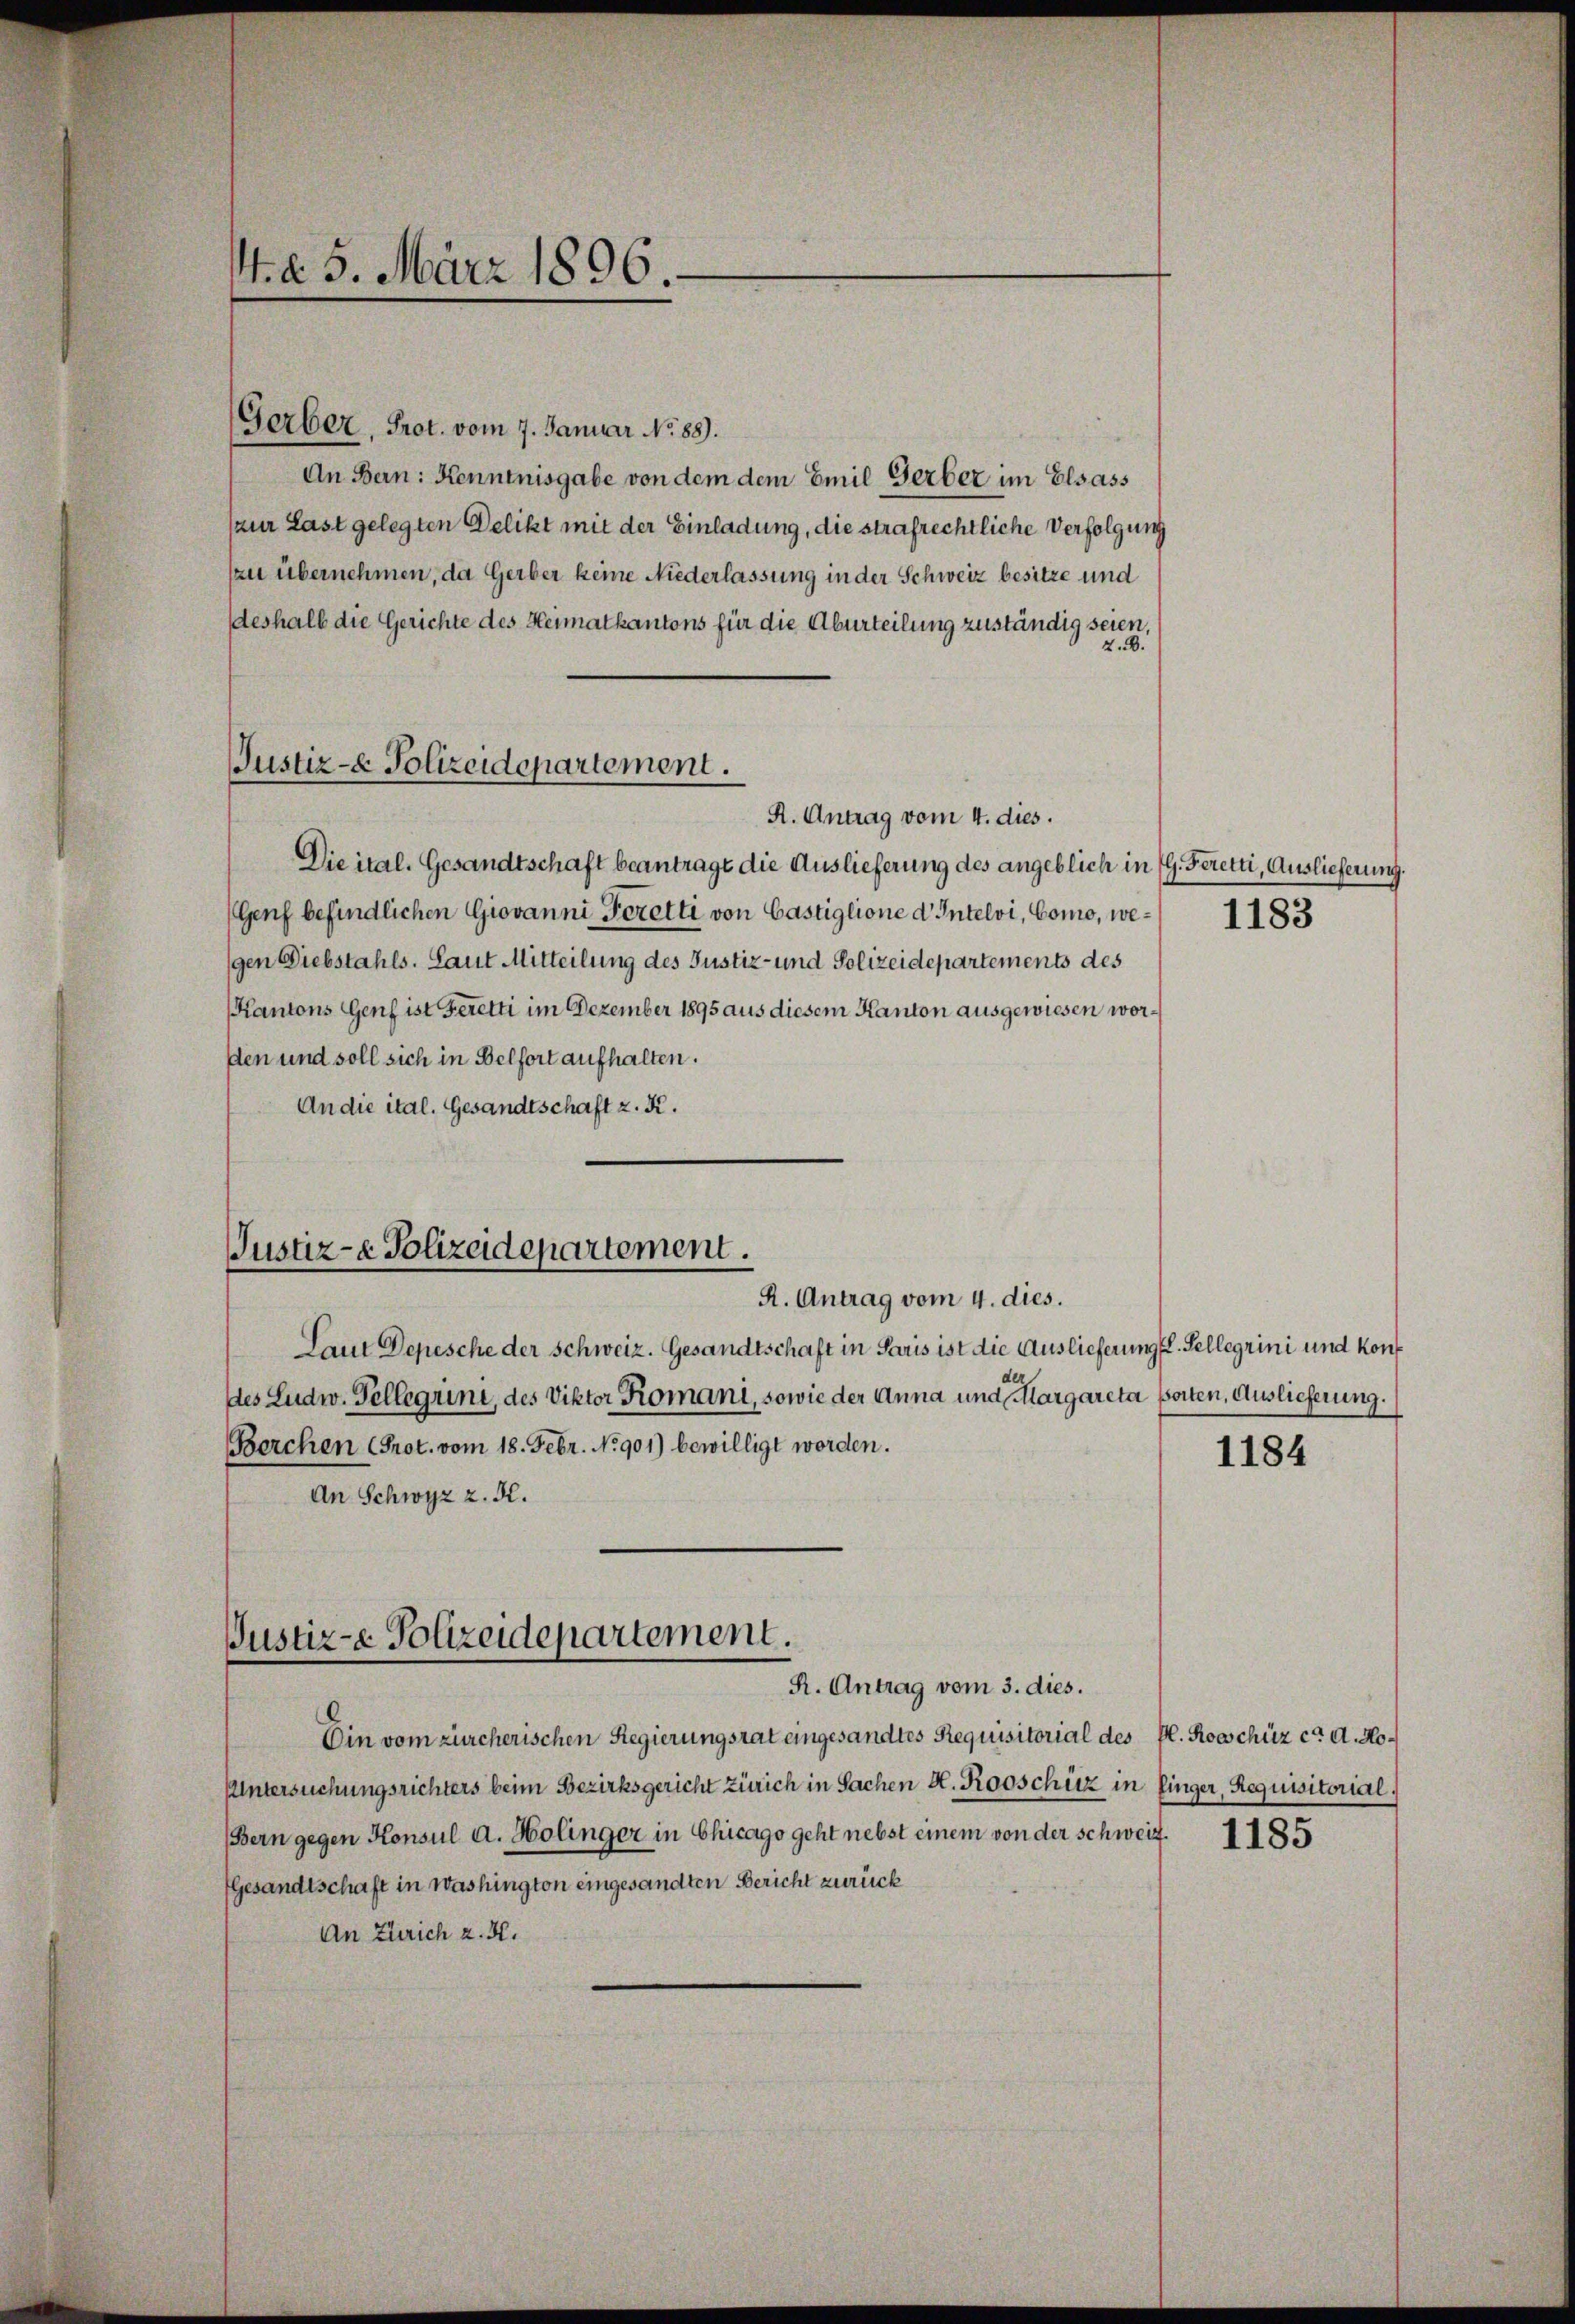
Gerber, Prot. vom 7. Januar No. 88).
An Bern: Kenntnisgabe von dem dem Emil Gerber im Elsass
(zur Last gelegten Delikt mit der Einladung, die strafrechtliche Verfolgung
zu übernehmen, da Gerber keine Niederlassung in der Schweiz besitze und
deshalb die Gerichte des Heimatkantons für die Aburteilung zuständig seien,
2.2.
R. Antrag vom 4. dies.
Die ital. Gesandtschaft beantrage die Auslieferung des angeblich in G. Feretti, Auslieferung.
(Genf befindlichen Giovanni Foretti von Castiglione d’Intelvi, Como, wegen Diebstahls. Laut Mitteilung des Justiz- und Polizeidepartements des
Kantons Genf ist Feretti im Dezember 1895 aus diesem Kanton ausgewiesen worsten und soll sich in Belfort aufhalten.
An die ital. Gesandtschaft z. K.
Laut Depesche der Schweiz. Gesandtschaft in Paris ist die Auslieferung l. Sellerini und Kondes Ludw. Tellegiini, des Viktor Romani, sowie der Anna und Margareta porten. Auslieferung.
Berchen (Prot. vom 18. Febr. No 901) bewilligt worden.
An Schwyz z. R.
Justiz- & Polizeidepartement.
R. Antrag vom 3. dies.
Ein vom zürcherischen Regierungsrat eingesandtes Requisitorial des P. Rooschüz ca. A. Ho¬
Untersuchungsrichters beim Bezirksgericht Zürich in Sachen A. Rooschüz in linger, Requisitorial,
Bern gegen Konsul a. Holinger in Chicago geht nebst einem von der schweiz.
Gesandtschaft in Washington eingesandten Bericht zurück
An Zürich z. H.

d 5. März 1896.

Justiz- & Polizeidepartement.

Justiz- & Polizeidepartement.
R. Antrag vom 4. dies.

1183

1184

1185